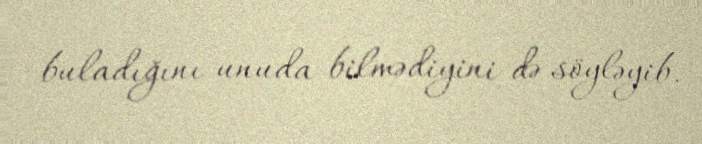
buladığını unuda bilmədiyini də söyləyib.